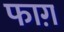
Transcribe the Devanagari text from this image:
फाग़